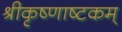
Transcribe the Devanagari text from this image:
श्रीकृष्णाष्टकम्‌